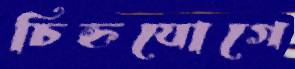
চিহ্নযোগে